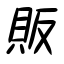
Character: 販